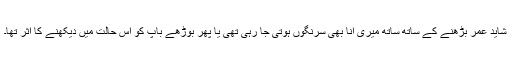
شاید عمر بڑھنے کے ساتھ ساتھ میری انا بھی سرنگوں ہوتی جا رہی تھی یا پھر بوڑھے باپ کو اس حالت میں دیکھنے کا اثر تھا۔